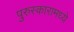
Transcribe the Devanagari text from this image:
पुरुस्कारामध्ये